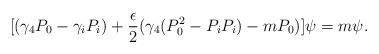
LaTeX: \begin{align*}[(\gamma_4 P_0 - \gamma_i P_i) + \frac{\epsilon}{2}(\gamma_4 ( P_{0}^{2} - P_i P_i ) - m P_0)] \psi = m \psi.\end{align*}